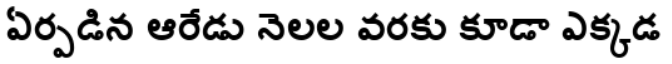
ఏర్పడిన ఆరేడు నెలల వరకు కూడా ఎక్కడ